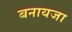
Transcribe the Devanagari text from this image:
बनायजा